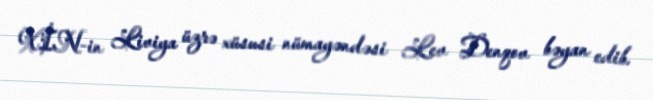
XİN-in Liviya üzrə xüsusi nümayəndəsi Lev Denqov bəyan edib.